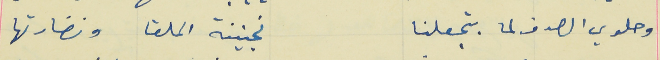
وحلوي الصدف لما بتجعلنا                                      kجنينة الملقا ونضارتها